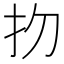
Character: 𢩶